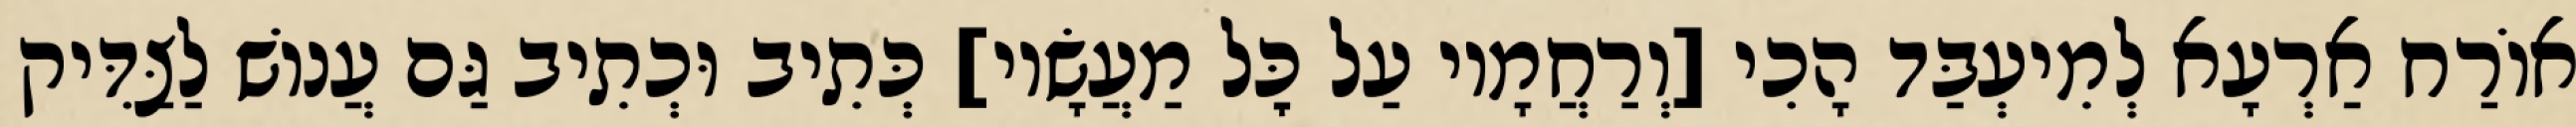
אוֹרַח אַרְעָא לְמִיעְבַּד הָכִי [וְרַחֲמָיו עַל כׇּל מַעֲשָׂיו] כְּתִיב וּכְתִיב גַּם עֲנוֹשׁ לַצַּדִּיק